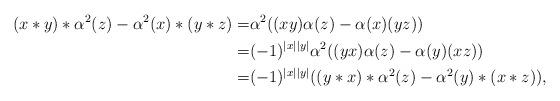
LaTeX: \begin{align*}(x\ast y) \ast \alpha^{2} (z)-\alpha^{2} (x)\ast (y\ast z)=&\alpha^{2}((xy)\alpha(z)-\alpha(x)(yz))\\=&(-1)^{|x||y|}\alpha^{2}((yx)\alpha(z)-\alpha(y)(xz))\\=&(-1)^{|x||y|}((y\ast x) \ast \alpha^{2} (z)-\alpha^{2} (y)\ast (x\ast z)),\end{align*}